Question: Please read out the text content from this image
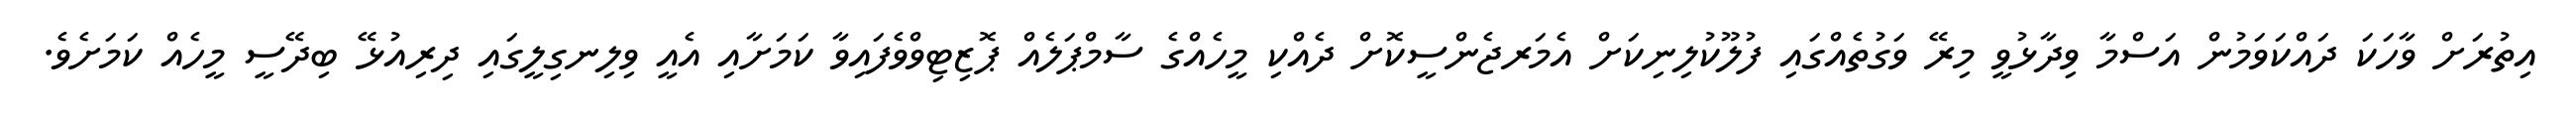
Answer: އިތުރަށް ވާހަކަ ދައްކަވަމުން އަސްމާ ވިދާޅުވީ މިރޭ ވަގުތެއްގައި ފުލޫކުލިނިކަށް އެމަރޖެންސީކޮށް ދެއްކި މީހެއްގެ ސާމްޕަލެއް ޕޮޒިޓިވްވެފައިވާ ކަމަށާއި އެއީ ވިލިނގިލީގައި ދިރިއުޅޭ ބިދޭސީ މީހެއް ކަމަށެވެ.